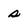
Character: s